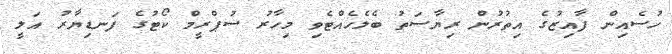
ހުސެއިން ފާއިޒުގެ އިތުރުން ރިޔާސަތު ބެލެހެއްޓެވި މިހާރު ސުޕްރީމް ކޯޓުގެ ފަނޑިޔާރު އަލީ